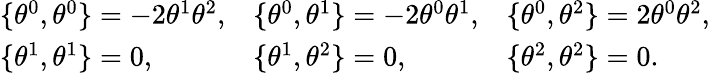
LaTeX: \begin{array}{lll}{{\{ \theta^{0},\theta^{0}\} =-2\theta^{1}\theta^{2},}}&{{\{ \theta^{0},\theta^{1}\} =-2\theta^{0}\theta^{1},}}&{{\{ \theta^{0},\theta^{2}\} =2\theta^{0}\theta^{2},}}\\ {{\{ \theta^{1},\theta^{1}\} =0,}}&{{\{ \theta^{1},\theta^{2}\} =0,}}&{{\{ \theta^{2},\theta^{2}\} =0.}}\end{array}